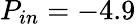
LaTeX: P_{in}=-4.9